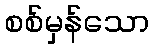
စစ်မှန်သော